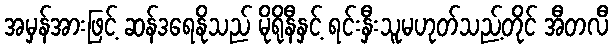
အမှန်အားဖြင့် ဆန်ဒရေနိုသည် မိုရိုနီနှင့် ရင်းနှီးသူမဟုတ်သည့်တိုင် အီတလီ